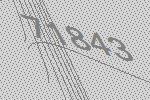
71843